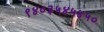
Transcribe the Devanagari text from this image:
९४०३५४५४५०